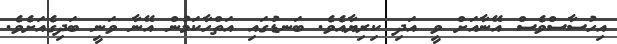
އިހުސާސްވެސް އޭނާއަށް ވީ އަދި ކިރިޔާއެވެ. ބަނޑުގައި އަތްހާކަމުން އޭނާ ވަނީ ބަދިގެއަށެވެ.